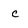
Character: c